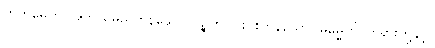
ကတမေဟိ၊ အဘယ်မည်ကုန်သော။ ပဉ္စဟိ၊ ငါးပါးကုန်သော။ ဓမ္မေဟိ၊ တရားတို့နှင့်။